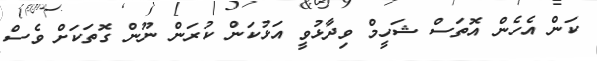
ކަން އެހެން އޮތަސް ޝަހީމް ވިދާޅުވީ އަޅުކަން ކުރަން ނޫން ގޮތަކަށް ވެސް